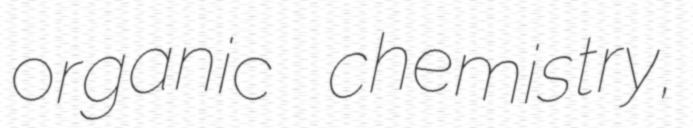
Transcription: organic chemistry,